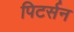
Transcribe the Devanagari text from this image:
पिटर्सन